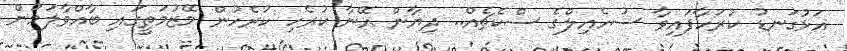
އަޅުގަނޑު ކުރަހާފައިވާ ސުހެއިލްގެ ސްކެޗެއް.. ދިޔާން އޭނާ ކުރެހި ކުރެހުން މޭޒުމަތީގައި ބާއްވާލަމުން